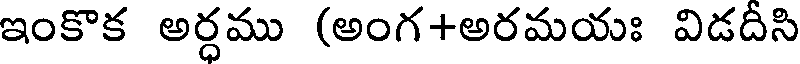
ఇంకొక అర్ధము (అంగ+అరమయః విడదీసి